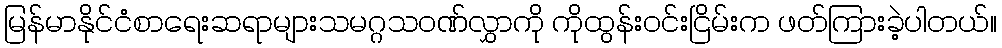
မြန်မာနိုင်ငံစာရေးဆရာများသမဂ္ဂသဝဏ်လွှာကို ကိုထွန်းဝင်းငြိမ်းက ဖတ်ကြားခဲ့ပါတယ်။